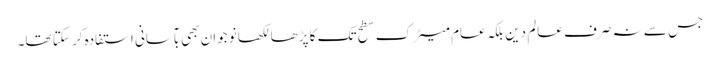
جس سے نہ صرف عالم دین بلکہ عام میٹرک سطح تک کا پڑھا لکھا نوجوان بھی بآسانی استفادہ کر سکتا تھا۔